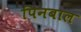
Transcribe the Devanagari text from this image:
पिनबाल